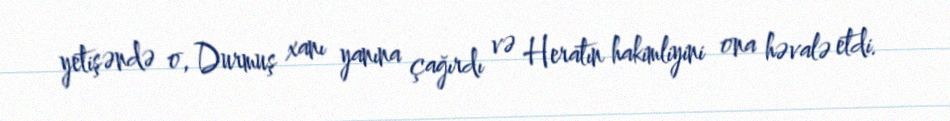
yetişəndə o, Durmuş xanı yanına çağırdı və Heratın hakimliyini ona həvalə etdi.